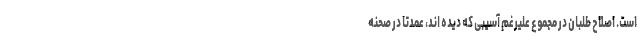
است. اصلاح طلبان در مجموع علیرغم آسیبی که دیده اند، عمدتا در صحنه